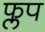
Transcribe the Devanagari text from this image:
फ्लप